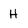
Character: H